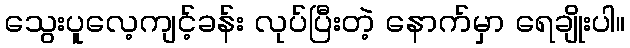
သွေးပူလေ့ကျင့်ခန်း လုပ်ပြီးတဲ့ နောက်မှာ ရေချိုးပါ။